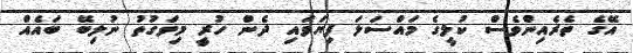
އޭގެ ތެރެއިންވެސް ކުލީގެ މައްސަލަ ފިޔަވައި ދެން ހުރީ މިވަގުތު ނުލިބޭ ބައެއް